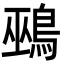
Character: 鵐